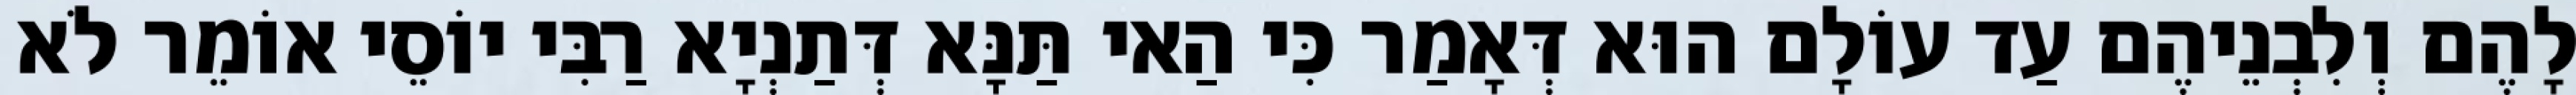
לָהֶם וְלִבְנֵיהֶם עַד עוֹלָם הוּא דְּאָמַר כִּי הַאי תַּנָּא דְּתַנְיָא רַבִּי יוֹסֵי אוֹמֵר לֹא